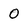
Character: 0